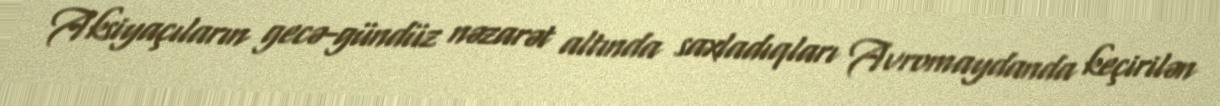
Aksiyaçıların gecə-gündüz nəzarət altında saxladıqları Avromaydanda keçirilən